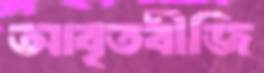
আবৃতবীজি